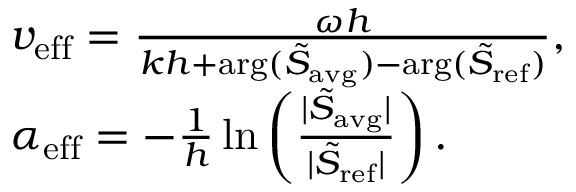
\begin{array} { r l } & { v _ { \mathrm { e f f } } = \frac { \omega h } { k h + \mathrm { a r g } ( \tilde { S } _ { \mathrm { a v g } } ) - \mathrm { a r g } ( \tilde { S } _ { \mathrm { r e f } } ) } , } \\ & { \alpha _ { \mathrm { e f f } } = - \frac { 1 } { h } \ln \left( \frac { | \tilde { S } _ { \mathrm { a v g } } | } { | \tilde { S } _ { \mathrm { r e f } } | } \right) . } \end{array}